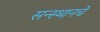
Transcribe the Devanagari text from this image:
सन्स्थानचे